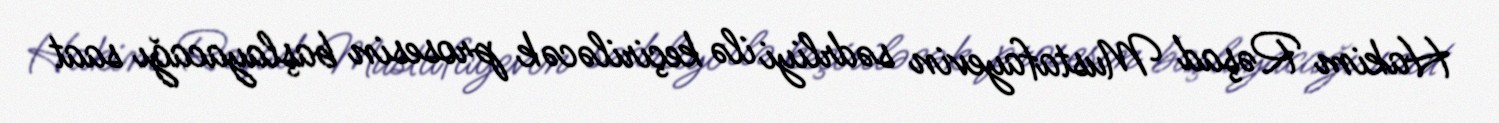
Hakim Rəşad Mustafayevin sədrliyi ilə keçiriləcək prosesin başlayacağı saat